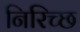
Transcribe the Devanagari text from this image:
निरिच्छ